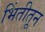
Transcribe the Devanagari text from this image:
भिंतीतून